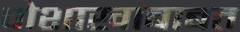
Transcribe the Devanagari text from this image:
पोशाखाबाबत